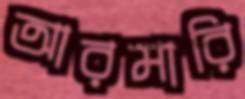
আরমারি